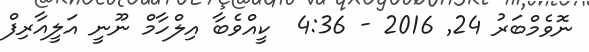
ނޮވެމްބަރު 24